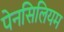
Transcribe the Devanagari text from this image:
पेनसिलियम